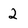
Character: 2